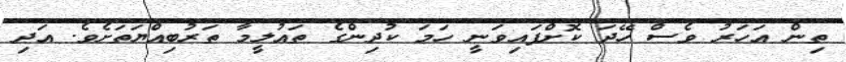
ތިން އަހަރު ވެސް ހޭދަ ކޮށްފައިވަނީ ހަމަ ކުދިންގެ ތައުލީމާ ތަރުބިއްޔަތަށެވެ. އަދި